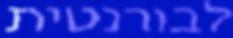
לבורנטית